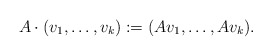
\begin{align*}A \cdot(v_{1}, \dots, v_{k}) := (Av_{1}, \dots, Av_{k}).\end{align*}